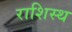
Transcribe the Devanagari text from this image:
राशिस्थ